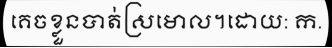
គេចខ្លួនបាត់ស្រមោល។ដោយ: ក.